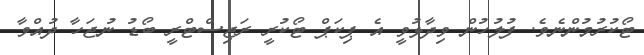
ޓޯކުރުމުންނެވެ. ފުލުހުން ވިދާޅުވީ އެ ޕިކަޕް ޓޯކުރީ ރަޖިސްޓްރީ ބޯޑު ނުޖަހާ ދުއްވާ